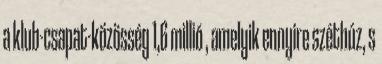
a klub-csapat-közösség 1,6 millió , amelyik ennyire széthúz, s